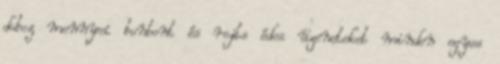
doboz mennyei bonbont és rejts édes üzeneteket minden egyes